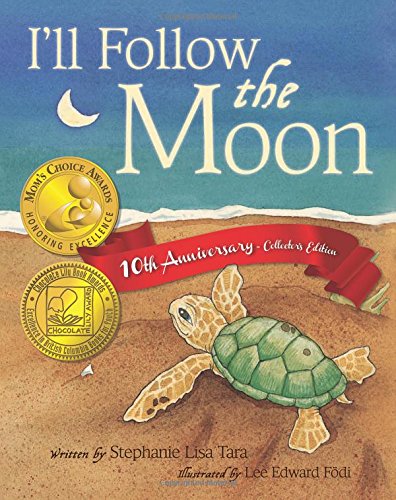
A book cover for I'll Follow the Moon  -  10th Anniversary Collector's Edition; Stephanie Lisa Tara; Children's Books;